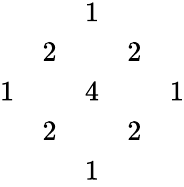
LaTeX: \begin{array}{ccccc}{{}}&{{}}&{{1}}&{{}}&{{}}\\ {{}}&{{2}}&{{}}&{{2}}&{{}}\\ {{1}}&{{}}&{{4}}&{{}}&{{1}}\\ {{}}&{{2}}&{{}}&{{2}}&{{}}\\ {{}}&{{}}&{{1}}&{{}}&{{}}\end{array}